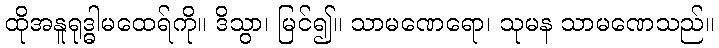
ထိုအနူရုဒ္ဓါမထေရ်ကို။ ဒိသွာ၊ မြင်၍။ သာမဏေရော၊ သုမန သာမဏေသည်။